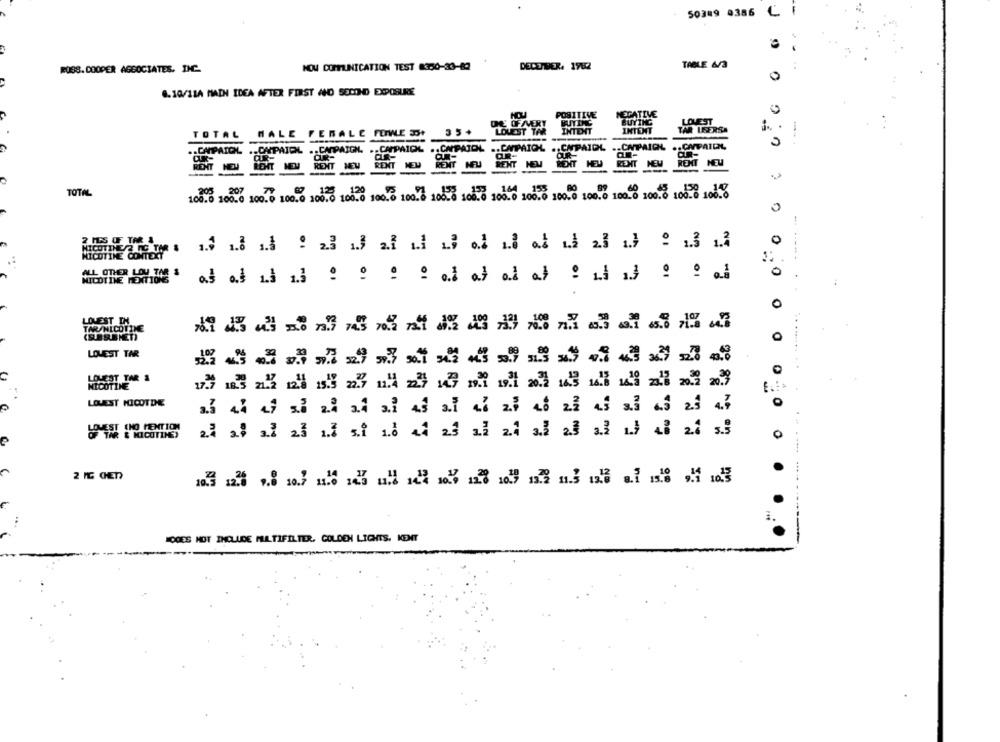
50309 0386 C. F
NOW COMMUNICATION TEST $350-33-83
DECEMBER, 1982
TABLE 4/3
ROSS. COOPER AGGOCIATES, INC.
0
4.10/11A MAIN IDEA AFTER FIRST AND SECOND EXPOSURE
POSITIVE
NEGATIVE
DE OFAVERY
BUYING
LOWEST
TOTAL
HALE FERALE FEWE 33
35+
LOUEST TAR
INTENT
INTENT
TAR LEERSA
.. CAMPAICH
.. CAPAJOL .. CAMPAIGN. .. CAMPAIDK
.. CAPPATOL
.. CAMPAIOL
.. CAPAIDL
.. CAPAICH
.. CAMPAIGN,
.. CAPPAICK
CUR-
CUK-
REHT MEU
RENT
RENT
RENT
BENT
RENT
RENT
RENT NEM
TOTAL
100.0 100.0 100.0 100.0 100.0 100.0 100.0 100.8 108.8 108.0 100.0 100.0 100.0 100.8 100.0 100.8 108.8 108.8
0
-----
0
ALL OTHER LOW
as at ud it : : : : at at al at ? what ? o al
LOVEST IN
TARANICOTINE
LOWEST TAR
87
0
........ ..
LOUEST TAR 1
NICOTINE
LOUEST KICOTDE
LOWEST CNO MENTION
TAR & KICUTIME)
0
2 IC CED
DOES NOT INCLUDE MULTIFILTER, COLDEN LIGHTS. KENT